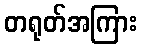
တရုတ်အကြား